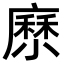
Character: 𡮰